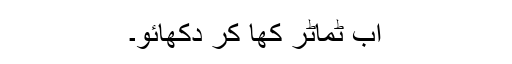
اب ٹماٹر کھا کر دکھائو۔